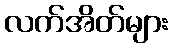
လက်အိတ်များ